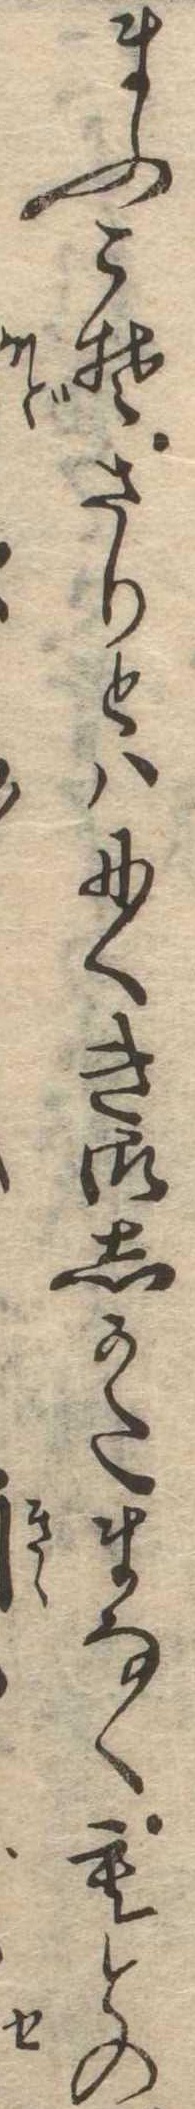
まふこそさりとはにくき御しかたまなくもとの